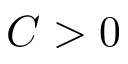
C > 0